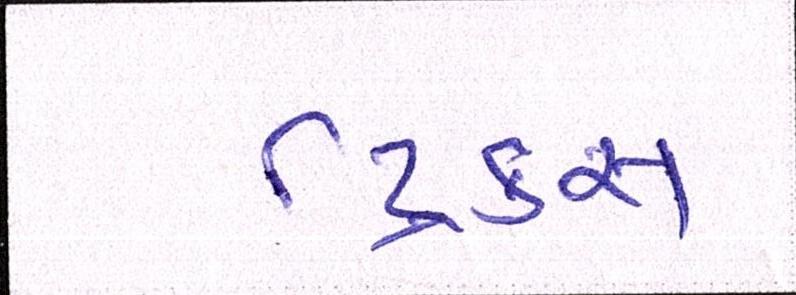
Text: ટ્રિક્સ